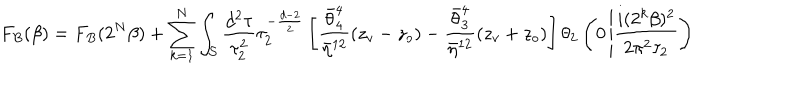
F _ { B } ( \beta ) = F _ { B } ( 2 ^ { N } \beta ) + \sum _ { k = 1 } ^ { N } \int _ { \cal S } \frac { d ^ { 2 } \tau } { \tau _ { 2 } ^ { 2 } } \tau _ { 2 } ^ { - \frac { d - 2 } { 2 } } \left[ \frac { \bar { \theta } _ { 4 } ^ { 4 } } { \bar { \eta } ^ { 1 2 } } ( z _ { v } - z _ { o } ) - \frac { \bar { \theta } _ { 3 } ^ { 4 } } { \bar { \eta } ^ { 1 2 } } ( z _ { v } + z _ { o } ) \right] \theta _ { 2 } \left( 0 \left| \frac { i ( 2 ^ { k } \beta ) ^ { 2 } } { 2 \pi ^ { 2 } \tau _ { 2 } } \right. \right)